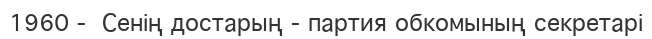
1960 -  Сенің достарың - партия обкомының секретарі